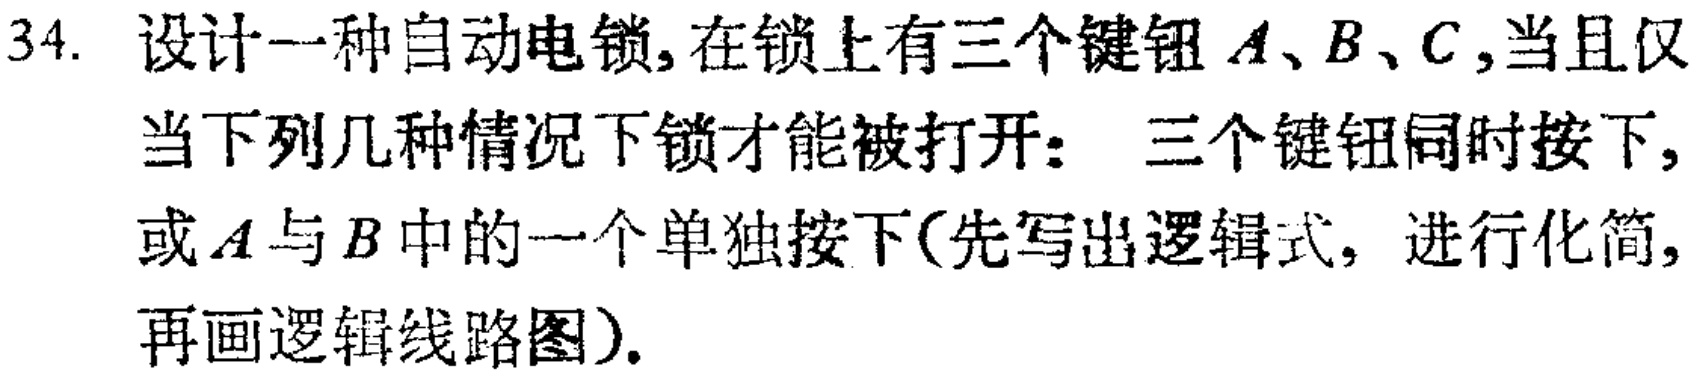
34. 设计一种自动电锁,在锁上有三个键钮\(A、B、C\),当且仅当下列几种情况下锁才能被打开： 三个键钮同时按下,或\(A\)与\(B\)中的一个单独按下(先写出逻辑式, 进行化简,再画逻辑线路图).